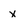
Character: x